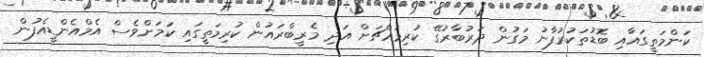
ކަންމަތީގައާއި ބޮޑުތަކުރުފާނު މަގުން ދަރުބާރުގޭ ކުރިމައްޗަށް އަދި މެރީބްރައުން ކުރިމަތީގައި ކަމަށްވެސް އެމްއެންޑީއެފުން